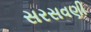
સરસવણી